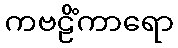
ကဗဠိံကာရော